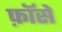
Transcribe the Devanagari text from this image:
फ़ॉसे